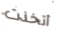
أتخذت